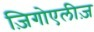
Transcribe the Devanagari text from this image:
ज़िगोएलीज़